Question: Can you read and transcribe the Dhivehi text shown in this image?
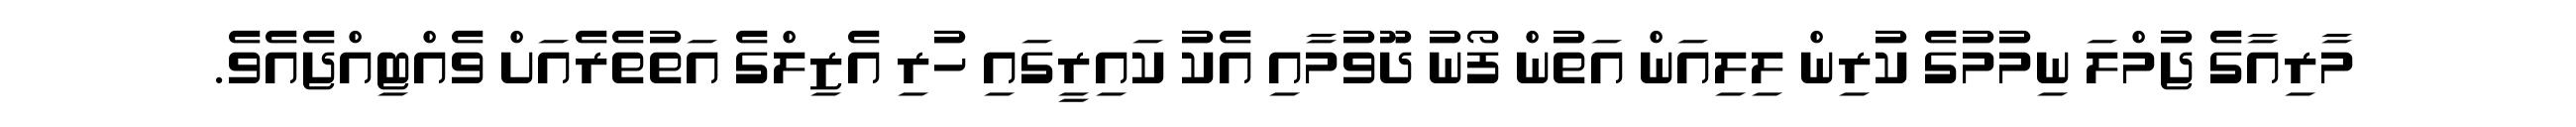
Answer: މާރިއާގެ ޖުމްލަ ނިމުމުގެ ކުރިން ލިލިއަން އަތުން ފޯނު ދޫވުމާއި އެކު ކައިރީގައި ހުރި އެޒިލްގެ އަތުތެރެއަށް ވެއްޓިއްޖެއެވެ.